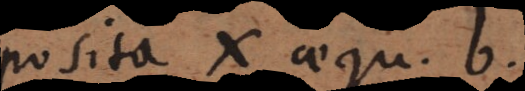
posita x aequ. b